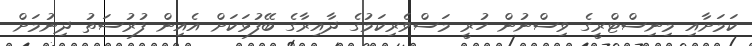
ކަމަށާއި މިނިސްޓްރީގެ ވިސްނުން ހުރީ މަސްވެރިކަމުގެ ދާއިރާގެ ބޭފުޅަކަށް އެއިން ފުރުސަތު ދިނުމަށް